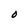
Character: O